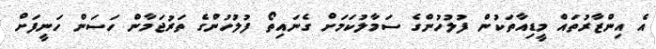
އެ އިންޒާރުތައް މީޑިއާތަކުން ފުލުހުންގެ ސަމާލުކަމަށް ގެނައިތޯ ފުލުހުންގެ ތަރުޖަމާން ހަސަން ހަނީފަށް